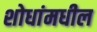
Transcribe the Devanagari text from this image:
शोधांमधील